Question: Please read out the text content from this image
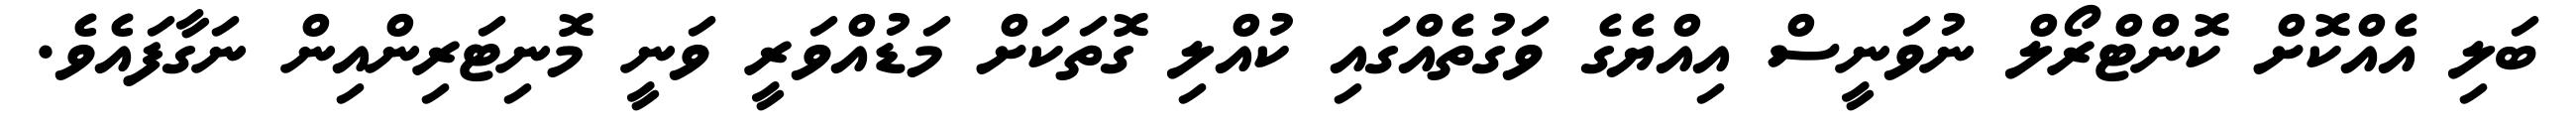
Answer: ބަލި އެއްކޮށް ކޮންޓްރޯލް ނުވަނީސް އިއްޔެގެ ވަގުތެއްގައި ކުއްލި ގޮތަކަށް މަޑުއްވަރީ ވަނީ މޮނިޓަރިންއިން ނަގާފައެވެ.